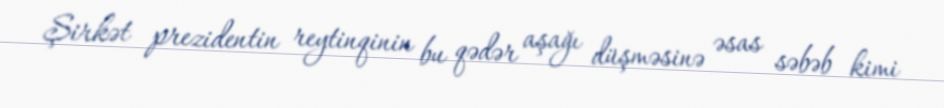
Şirkət prezidentin reytinqinin bu qədər aşağı düşməsinə əsas səbəb kimi